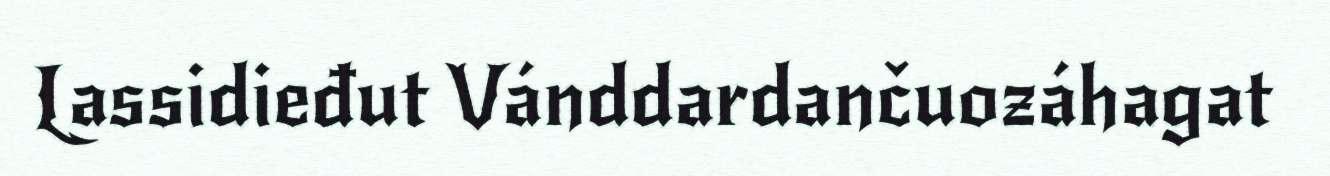
Lassidieđut Vánddardančuozáhagat